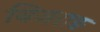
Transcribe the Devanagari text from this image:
बिजराङ